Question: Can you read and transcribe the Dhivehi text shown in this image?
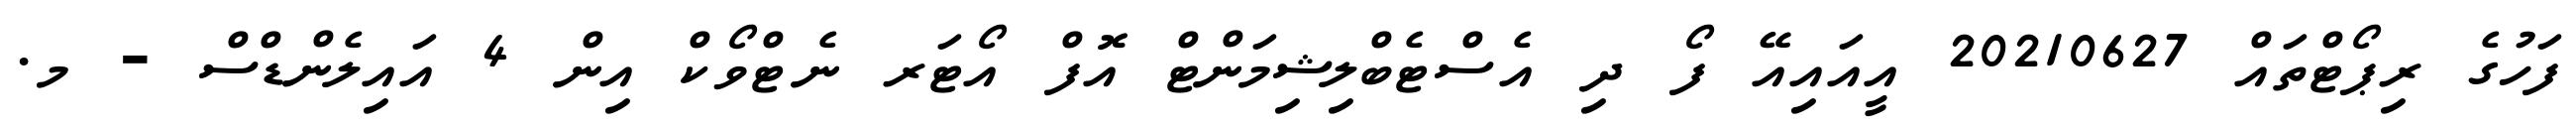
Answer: ފަހުގެ ރިޕޯޓްތައް 20210627 އީއައިއޭ ފޯ ދި އެސްޓެބްލިޝިމަންޓް އޮފް އޯޓަރ ނެޓްވޯކް އިން 4 އައިލެންޑްސް - މ.